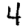
Digit: 4